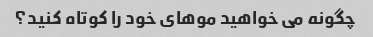
چگونه می خواهید موهای خود را کوتاه کنید؟